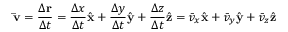
\mathbf { \bar { v } } = { \frac { \Delta \mathbf { r } } { \Delta t } } = { \frac { \Delta x } { \Delta t } } { \hat { \mathbf { x } } } + { \frac { \Delta y } { \Delta t } } { \hat { \mathbf { y } } } + { \frac { \Delta z } { \Delta t } } { \hat { \mathbf { z } } } = { \bar { v } } _ { x } { \hat { \mathbf { x } } } + { \bar { v } } _ { y } { \hat { \mathbf { y } } } + { \bar { v } } _ { z } { \hat { \mathbf { z } } }